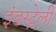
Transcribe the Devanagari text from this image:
इंडस्ट्रेली